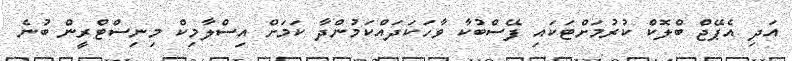
އަދި އެޕޭޖް ބްލޮކް ކުރުމަށްޓަކައި ފޭސްބުކާ ވާހަކަދައްކަމުންދާ ކަމަށް އިސްލާމިކް މިނިސްޓްރީން ބުނެ